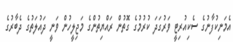
އެމަނިކުފާނުގެ ސެކިއުރިޓީ ވަރުގަދަ ކުރުމުގެ ގޮތުން ރައްޔިތުންގެ މަޖިލީހުން ވަނީ ދައުލަތުގެ ދެބާރުގެ